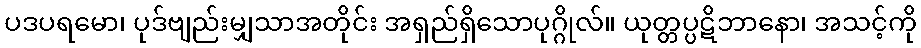
ပဒပရမော၊ ပုဒ်ဗျည်းမျှသာအတိုင်း အရှည်ရှိသောပုဂ္ဂိုလ်။ ယုတ္တပ္ပဋိဘာနော၊ အသင့်ကို